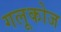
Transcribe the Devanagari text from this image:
गलूकोज